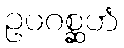
ဥပဂစ္ဆဟံ